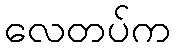
လေတပ်က